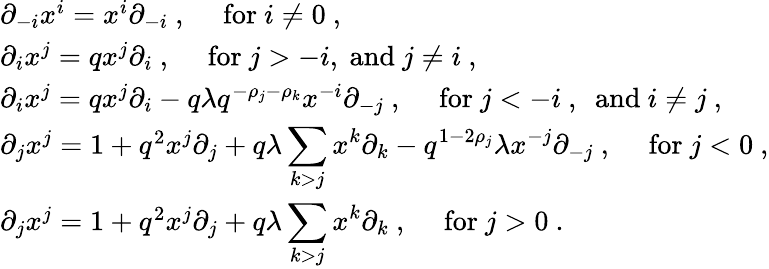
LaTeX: \begin{array}{l}{{\partial_{-i}x^{i}=x^{i}\partial_{-i}~,~~~~~\mathrm{for}~i\not=0~,}}\\ {{\partial_{i}x^{j}=qx^{j}\partial_{i}~,~~~~~\mathrm{for}~j>-i,~\mathrm{and}~j\not=i~,}}\\ {{\partial_{i}x^{j}=qx^{j}\partial_{i}-q\lambda q^{-\rho_{j}-\rho_{k}}x^{-i}\partial_{-j}~,~~~~~\mathrm{for}~j<-i~,~~\mathrm{and}~i\not=j~,}}\\ {{\partial_{j}x^{j}=1+q^{2}x^{j}\partial_{j}+q\lambda\displaystyle\sum_{k>j}x^{k}\partial_{k}-q^{1-2\rho_{j}}\lambda x^{-j}\partial_{-j}~,~~~~~\mathrm{for}~j<0~,}}\\ {{\partial_{j}x^{j}=1+q^{2}x^{j}\partial_{j}+q\lambda\displaystyle\sum_{k>j}x^{k}\partial_{k}~,~~~~~\mathrm{for}~j>0~.}}\end{array}